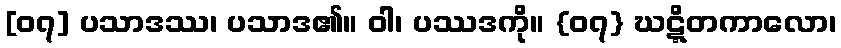
[၀၇] ပသာဒဿ၊ ပသာဒ၏။ ဝါ၊ ပဿဒကို။ {၀၇} ဃဋ္ဋိတကာလော၊